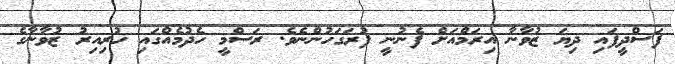
ފަސްދީފައި ދިޔަ ޒުވާނާ އިރަމްއަށް ފެނުނީ ފުރަގަހުންނެވެ. ރަސްމީ ހެދުމެއްގައި ހުރިއިރު ޒުވާނާގެ